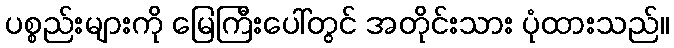
ပစ္စည်းများကို မြေကြီးပေါ်တွင် အတိုင်းသား ပုံထားသည်။